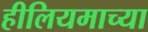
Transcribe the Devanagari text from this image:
हीलियमाच्या